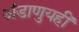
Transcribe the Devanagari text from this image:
अंडाणुयहीं